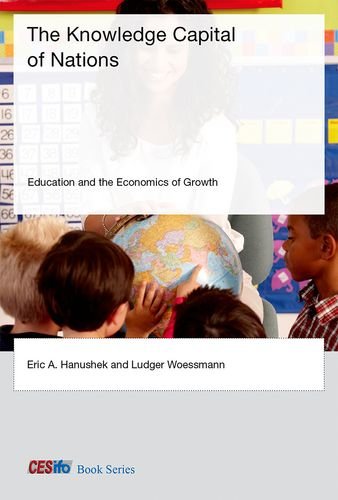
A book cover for The Knowledge Capital of Nations: Education and the Economics of Growth (CESifo Book Series); Eric A. Hanushek; Business & Money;